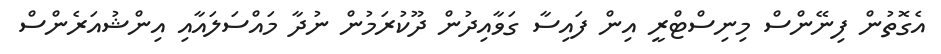
އެގޮތުން ފިނޭންސް މިނިސްޓްރީ އިން ފައިސާ ގަވާއިދުން ދޫކުރަމުން ނުދާ މައްސަލައާއި އިންޝުއަރެންސް